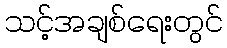
သင့်အချစ်ရေးတွင်